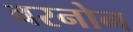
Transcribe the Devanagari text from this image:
वरनोन